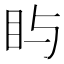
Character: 𪾟